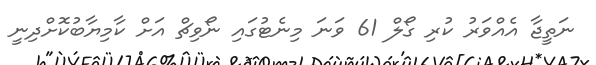
ނަތީޖާ އެއްވަރު ކުރި ގޯލް 61 ވަނަ މިނެޓުގައި ނޯވިޗް އަށް ކާމިޔާބުކޮށްދިނީ